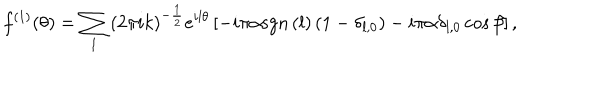
f ^ { \left( 1 \right) } ( \theta ) = \sum _ { l } \left( 2 \pi i k \right) ^ { - \frac { 1 } { 2 } } e ^ { i l \theta } \left[ - i \pi \alpha \mathrm { s g n } \left( l \right) \left( 1 - \delta _ { l , 0 } \right) - i \pi \alpha \delta _ { l , 0 } \cos \beta \right] ,